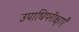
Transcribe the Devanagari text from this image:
उपाधिपरीक्षाएँ